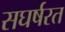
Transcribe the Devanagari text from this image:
सघर्षरत